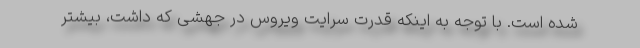
شده است. با توجه به اینکه قدرت سرایت ویروس در جهشی که داشت، بیشتر